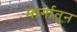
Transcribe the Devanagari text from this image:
मार्गातुन